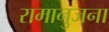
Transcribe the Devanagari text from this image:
रामानुजना